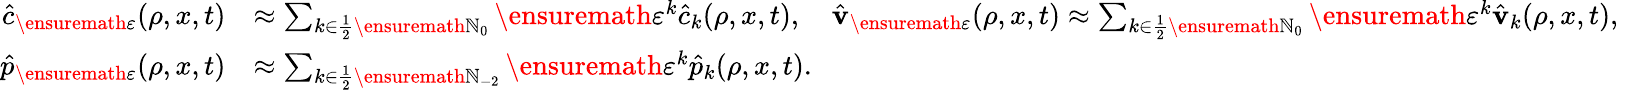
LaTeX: \begin{array}{rl}{\hat{c}_{\ensuremath{\varepsilon}}(\rho,x,t)}&{\approx\sum_{k\in\frac 12\ensuremath{\mathbb{N}}_{0}}\ensuremath{\varepsilon}^{k}\hat{c}_{k}(\rho,x,t),\quad\hat{\mathbf{v}}_{\ensuremath{\varepsilon}}(\rho,x,t)\approx\sum_{k\in\frac 12\ensuremath{\mathbb{N}}_{0}}\ensuremath{\varepsilon}^{k}\hat{\mathbf{v}}_{k}(\rho,x,t),\quad}\\ {\hat{p}_{\ensuremath{\varepsilon}}(\rho,x,t)}&{\approx\sum_{k\in\frac 12\ensuremath{\mathbb{N}}_{-2}}\ensuremath{\varepsilon}^{k}\hat{p}_{k}(\rho,x,t).}\end{array}